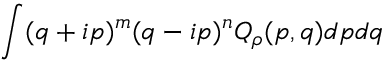
\int ( q + i p ) ^ { m } ( q - i p ) ^ { n } Q _ { \rho } ( p , q ) d p d q